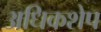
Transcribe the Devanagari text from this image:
अधिकशेप